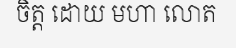
ចិត្ត ដោយ មហា លោត